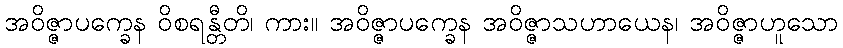
အဝိဇ္ဇာပက္ခေန ဝိစရန္တီတိ၊ ကား။ အဝိဇ္ဇာပက္ခေန အဝိဇ္ဇာသဟာယေန၊ အဝိဇ္ဇာဟူသော